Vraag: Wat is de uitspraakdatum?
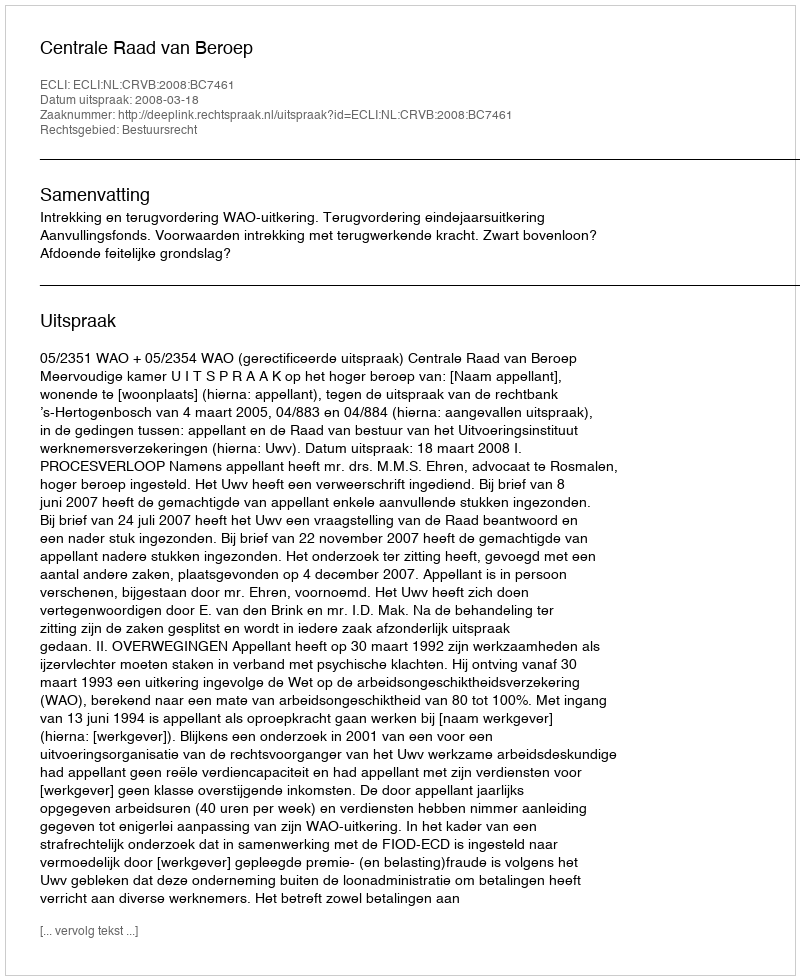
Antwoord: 2008-03-18